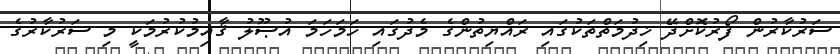
ސަރުކާރުން ފޯރުކޮށްދޭ ޚިދުމަތްތަކުގައި ރައްޔިތުންގެ މެދުގައި ހަމަހަމަ އުޞޫލު ޤާއިމުކުރުމަކީ މި ސަރުކާރުގެ